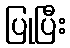
ပြုပြီး